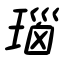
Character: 瑙